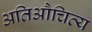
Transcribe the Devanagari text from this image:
अतिऔचित्य